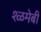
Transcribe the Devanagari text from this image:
श्ळमेबी